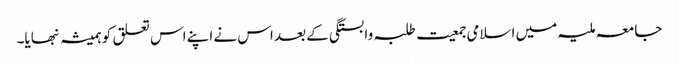
جامعہ ملیہ میں اسلامی جمعیت طلبہ وابستگی کے بعد اس نے اپنے اس تعلق کو ہمیشہ نبھایا۔